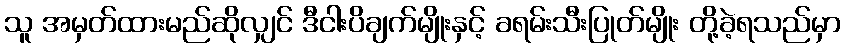
သူ အမှတ်ထားမည်ဆိုလျှင် ဒီငါးပိချက်မျိုးနှင့် ခရမ်းသီးပြုတ်မျိုး တို့ခဲ့ရသည်မှာ